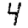
Digit: 4